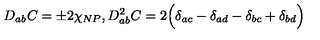
D _ { a b } C = \pm 2 \chi _ { N P } , D _ { a b } ^ { 2 } C = 2 \Bigl ( \delta _ { a c } - \delta _ { a d } - \delta _ { b c } + \delta _ { b d } \Bigr )